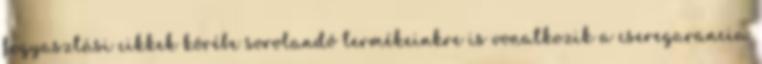
fogyasztási cikkek körébe sorolandó termékeinkre is vonatkozik a cseregarancia.